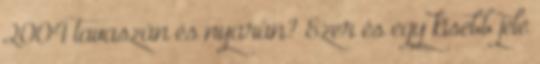
2004 tavaszán és nyarán? Ezer és egy kisebb jele